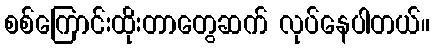
စစ်ကြောင်းထိုးတာတွေဆက် လုပ်နေပါတယ်။